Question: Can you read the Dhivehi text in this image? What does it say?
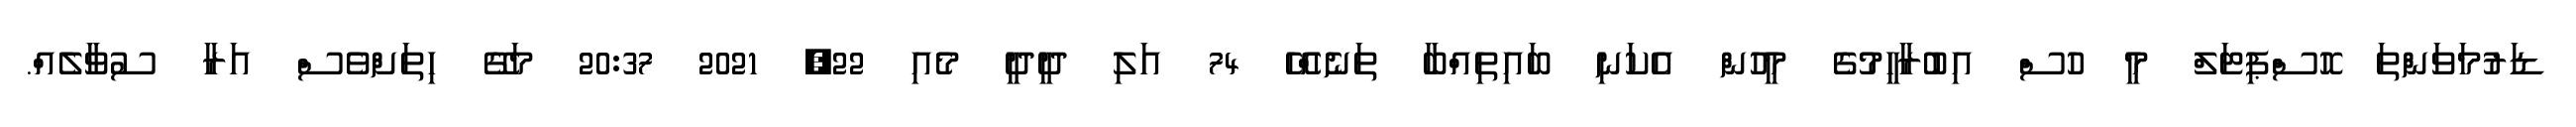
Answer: ޑަރުމަވަންތަ ހޮސްޕިޓަލް މީ ހުސް އިބުރާހީމުގެ މީހުން އެކަނި ބައިތިއްބާ ތަނެއްހޭ 74 އަލި ދީދީ މެއި 22, 2021 20:37 މަގޭ ހިތަށްވެސް އަރާ ސުވާލެއް.